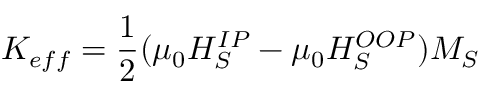
K _ { e f f } = \frac { 1 } { 2 } ( \mu _ { 0 } H _ { S } ^ { I P } - \mu _ { 0 } H _ { S } ^ { O O P } ) M _ { S }